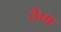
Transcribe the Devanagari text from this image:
ठेण